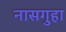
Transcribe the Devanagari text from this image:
नासगुहा